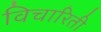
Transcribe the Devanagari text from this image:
विचारिती